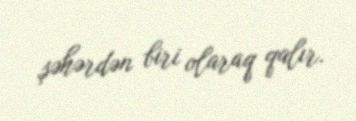
şəhərdən biri olaraq qalır.